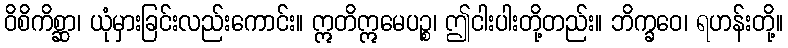
ဝိစိကိစ္ဆာ၊ ယုံမှားခြင်းလည်းကောင်း။ ဣတိဣမေပဉ္စ၊ ဤငါးပါးတို့တည်း။ ဘိက္ခဝေ၊ ရဟန်းတို့။